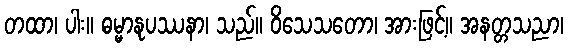
တထာ၊ ပါး။ ဓမ္မာနုပဿနာ၊ သည်။ ဝိသေသတော၊ အားဖြင့်။ အနတ္တသညာ၊